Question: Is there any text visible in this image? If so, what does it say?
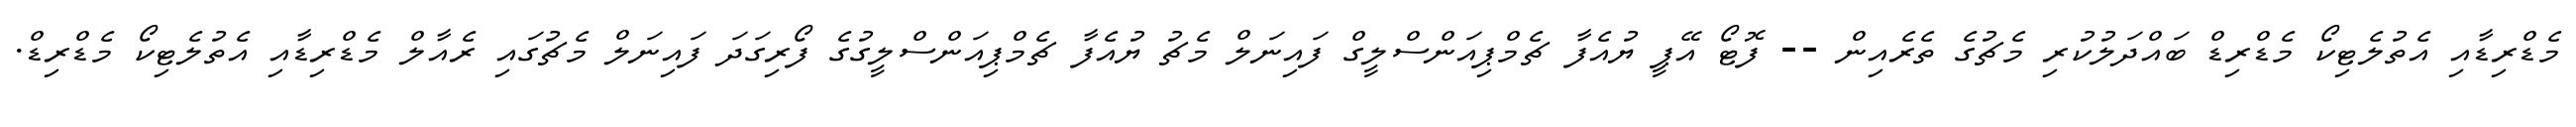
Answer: މެޑްރިޑާއި އެތުލެޓިކޯ މެޑްރިޑް ބައްދަލުކުރި މެޗުގެ ތެރެއިން -- ފޮޓޯ އޭޕީ ޔުއެފާ ޗެމްޕިއަންސްލީގް ފައިނަލް މެޗު ޔުއެފާ ޗެމްޕިއަންސްލީގުގެ ފޯރިގަދަ ފައިނަލް މެޗުގައި ރެއާލް މެޑްރިޑާއި އެތުލެޓިކޯ މެޑްރިޑް.